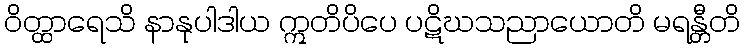
ဝိတ္ထာရေသိ နာနုပါဒါယ ဣတိပိပေ ပဋိဃသညာယောတိ မရန္တီတိ